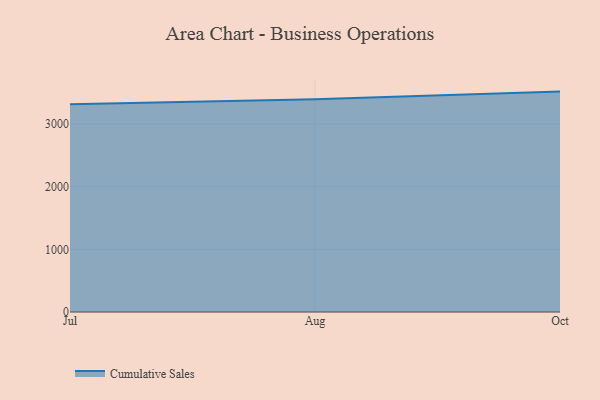
{"axis": {"x": "Month", "y": "Active Users"}, "legend": ["Cumulative Sales"], "data": [{"x": "Jul", "y": 3314.2, "type": "Cumulative Sales"}, {"x": "Aug", "y": 3396.9, "type": "Cumulative Sales"}, {"x": "Oct", "y": 3517.3, "type": "Cumulative Sales"}]}